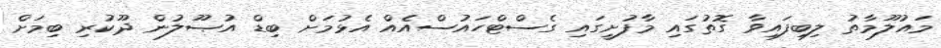
މައުލޫމާތު ލިބިފައިވާ ގޮތުގައި މާފުށީގައި ގެސްޓްހައުސްއެއް އެޅުމަށް ބިޑް އުޞޫލުން ދޫކުރި ބިމަށް